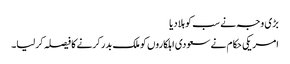
بڑی وجہ نے سب کو ہلا دیا
امریکی حکام نے سعودی اہلکاروں کو ملک بدر کرنے کا فیصلہ کرلیا۔